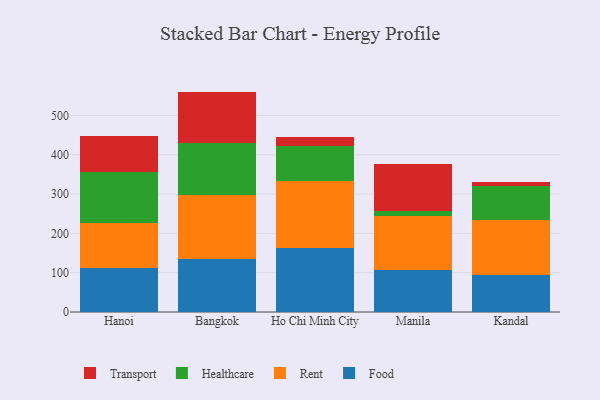
{"axis": {"x": "City", "y": "Gross Profit (USD K)"}, "legend": ["Food", "Healthcare", "Rent", "Transport"], "data": [{"x": "Hanoi", "y": 113.2, "type": "Food"}, {"x": "Hanoi", "y": 113.1, "type": "Rent"}, {"x": "Hanoi", "y": 129.1, "type": "Healthcare"}, {"x": "Hanoi", "y": 91.4, "type": "Transport"}, {"x": "Bangkok", "y": 133.8, "type": "Food"}, {"x": "Bangkok", "y": 164.1, "type": "Rent"}, {"x": "Bangkok", "y": 133.3, "type": "Healthcare"}, {"x": "Bangkok", "y": 129.5, "type": "Transport"}, {"x": "Ho Chi Minh City", "y": 162.2, "type": "Food"}, {"x": "Ho Chi Minh City", "y": 171.5, "type": "Rent"}, {"x": "Ho Chi Minh City", "y": 89.1, "type": "Healthcare"}, {"x": "Ho Chi Minh City", "y": 21.6, "type": "Transport"}, {"x": "Manila", "y": 108.0, "type": "Food"}, {"x": "Manila", "y": 135.2, "type": "Rent"}, {"x": "Manila", "y": 12.5, "type": "Healthcare"}, {"x": "Manila", "y": 121.2, "type": "Transport"}, {"x": "Kandal", "y": 93.3, "type": "Food"}, {"x": "Kandal", "y": 139.6, "type": "Rent"}, {"x": "Kandal", "y": 86.7, "type": "Healthcare"}, {"x": "Kandal", "y": 11.4, "type": "Transport"}]}